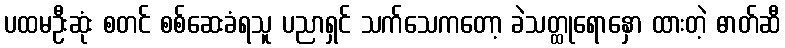
ပထမဦးဆုံး စတင် စစ်ဆေးခံရသူ ပညာရှင် သက်သေကတော့ ခဲသတ္ထုရောနှော ထားတဲ့ ဓာတ်ဆီ